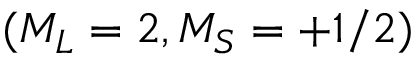
( M _ { L } = 2 , M _ { S } = + 1 / 2 )